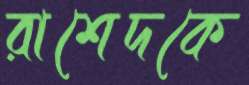
রাশেদকে